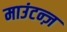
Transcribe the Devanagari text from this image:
माउंटन्ज़